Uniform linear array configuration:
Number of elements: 16
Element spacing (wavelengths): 0.75
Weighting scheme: kaiser
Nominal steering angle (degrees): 45
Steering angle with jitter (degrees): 43.377
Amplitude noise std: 0.05
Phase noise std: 0.05

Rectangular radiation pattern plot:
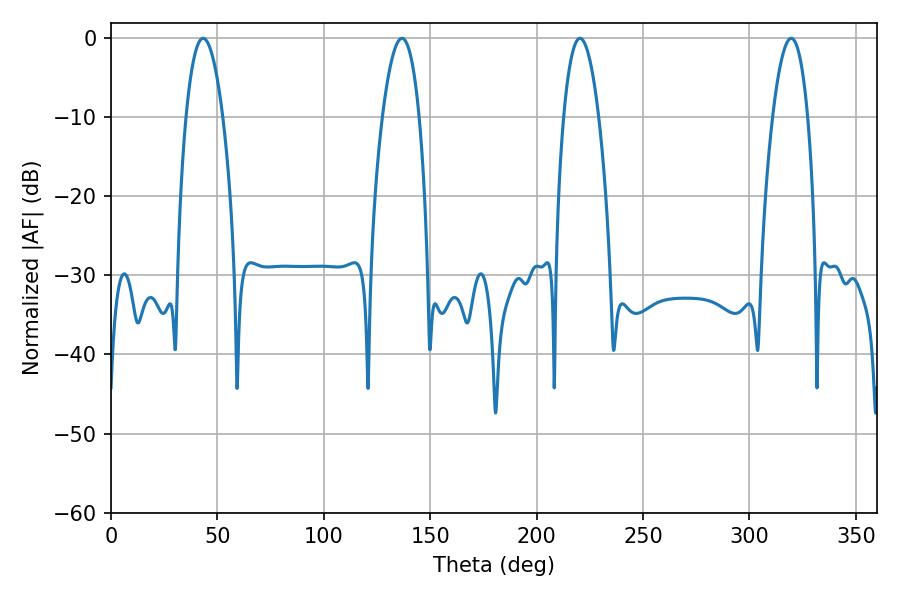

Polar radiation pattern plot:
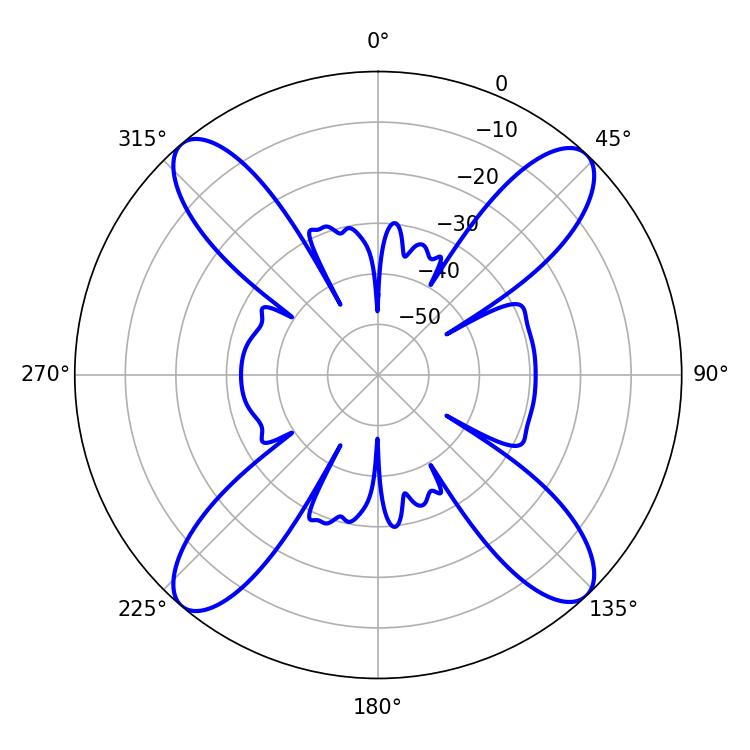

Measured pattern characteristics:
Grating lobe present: TRUE
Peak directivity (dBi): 19.071
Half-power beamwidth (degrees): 9.18
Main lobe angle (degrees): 220.32